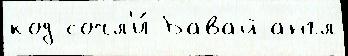
код сочл'и́ Бавай англ